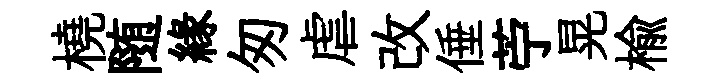
橈随縁匆虐改倕苧晃楡